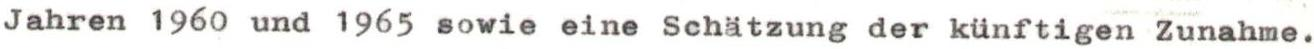
Jahren 1960 und 1965 sowie eine Schätzung der künftigen Zunahme.